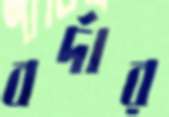
বর্দার